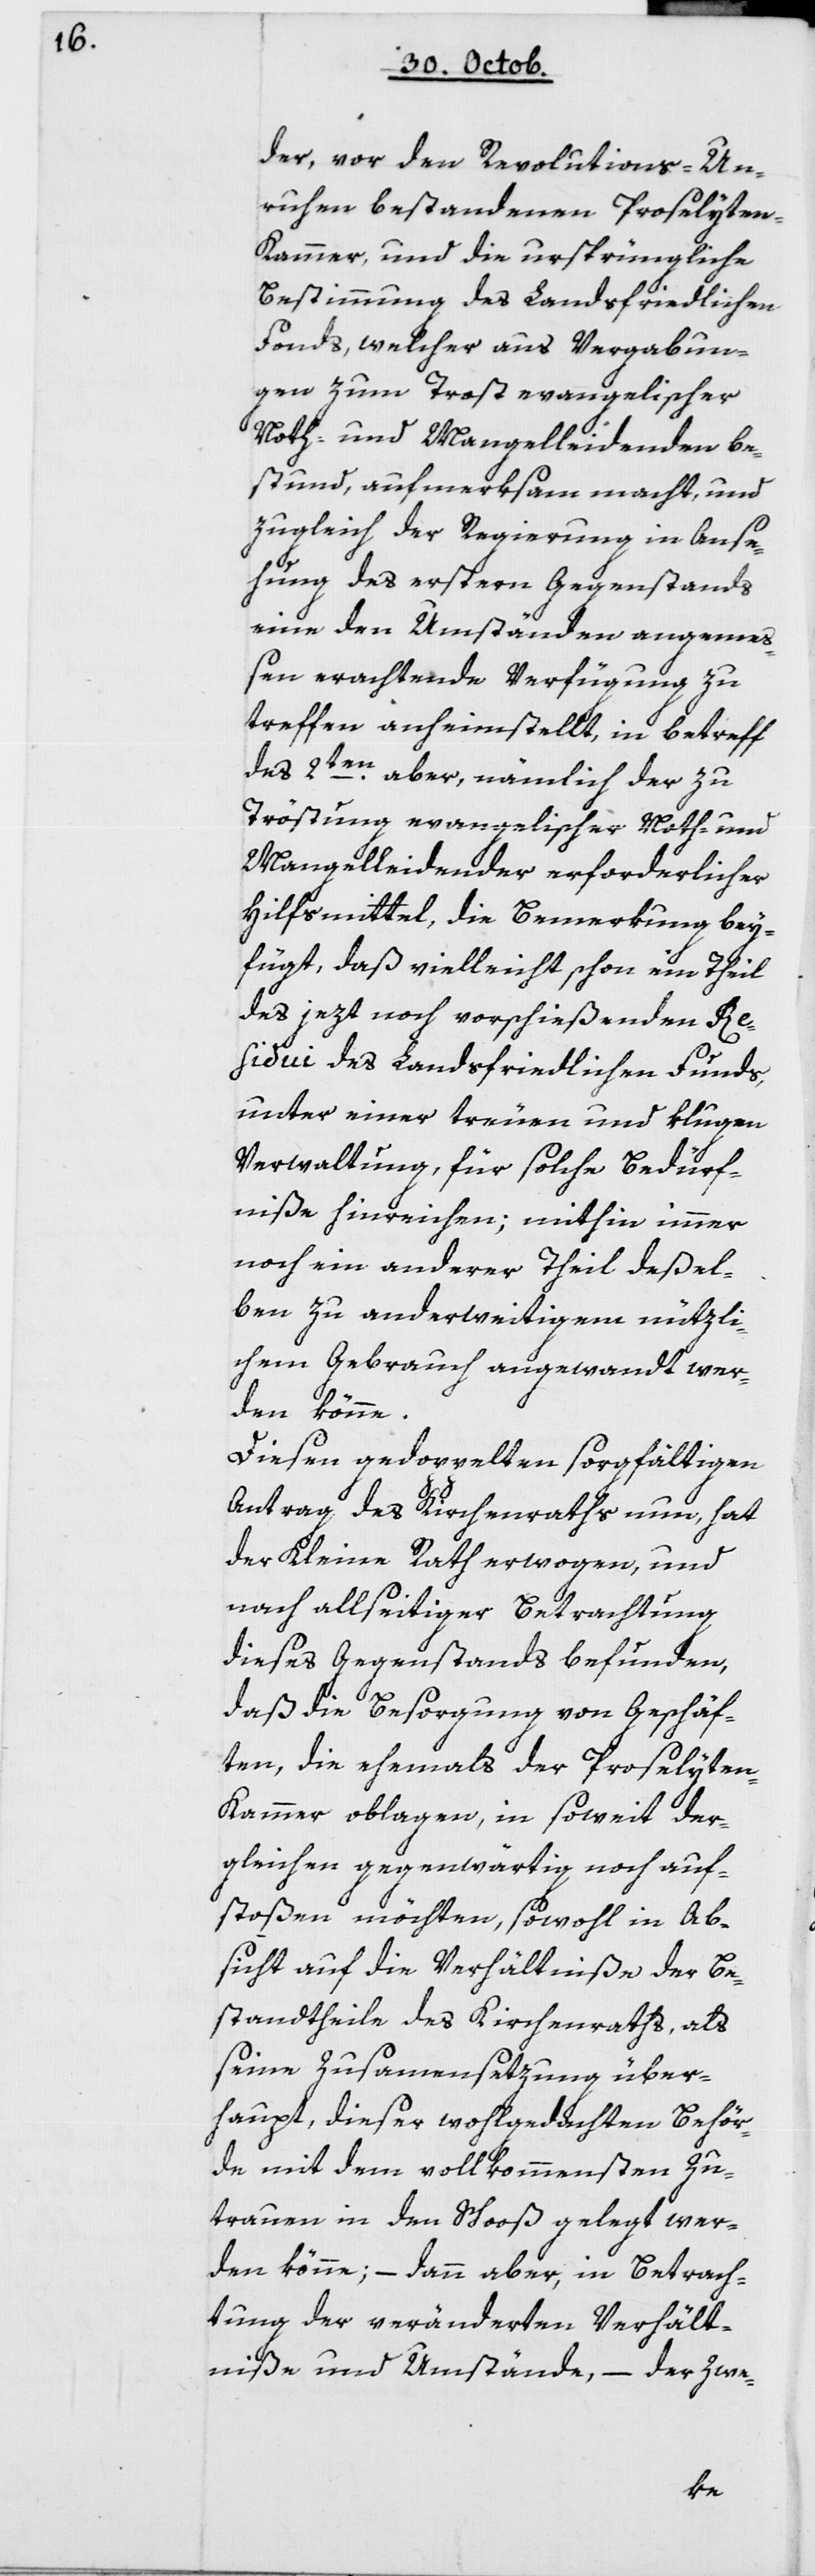
der, vor den Revolutions-Un¬
ruhen bestandenen Proselyten¬
kammer, und die ursprüngliche
Bestimmung des Landsfriedlichen
Fonds, welcher aus Vergabun¬
gen zum Trost evangelischer
Noth- und Mangelleidenden be¬
stund, aufmerksam macht, und
zugleich der Regierung in Anse¬
hung des ersteren Gegenstands
eine den Umständen angemeß¬
en erachtende Verfügung zu
treffen anheimstellt, in Betreff
des 2ten aber, nämlich der zu
Tröstung evangelischer Noth- und
Mangelleidender erforderlicher
Hilfsmittel, die Bemerkung bey¬
fügt, daß vielleicht schon im Theil
des jetzt noch vorschießenden Re¬
sidui des Landsfriedlichen Funds,
unter einer treuen und klugen
Verwaltung, für solche Bedürf¬
niße hinreichen; mithin immer
noch ein anderer Theil deßel¬
ben zu anderweitigem nützli¬
chem Gebrauch angewandt wer¬
den könne.
Diesen gedoppelten sorgfältigen
Antrag des Kirchenraths nun, hat
der Kleine Rath erwogen, und
nach allseitiger Betrachtung
dieses Gegenstands befunden,
daß die Besorgung von Geschäf¬
ten, die ehemahls der Proselyten¬
kammer oblagen, in soweit der¬
gleichen gegenwärtig noch auf¬
stoßen möchten, sowohl in Ab¬
sicht auf die Verhältniße der Be¬
standtheile des Kirchenraths, als
seine Zusammensetzung über¬
haupt, dieser wohlgedachten Behör¬
de mit dem vollkommensten Zu¬
trauen in den Schooß gelegt wer¬
den könne; – dann aber, in Betrach¬
tung der veränderten Verhält¬
niße und Umstände, –der Zwe-